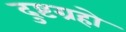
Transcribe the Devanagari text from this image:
दुष्टग्रहो